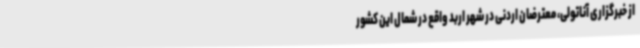
از خبرگزاری آناتولی، معترضان اردنی در شهر اربد واقع در شمال این کشور